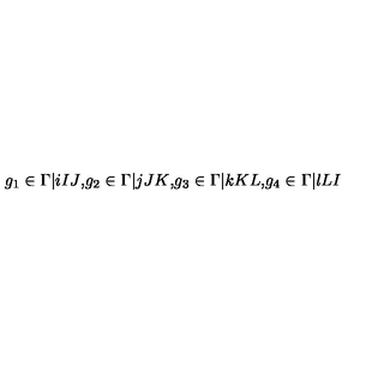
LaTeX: g _ { 1 } \in \Gamma \vert { i } { I } { J } \mathrm { , } g _ { 2 } \in \Gamma \vert { j } { J } { K } \mathrm { , } g _ { 3 } \in \Gamma \vert { k } { K } { L } \mathrm { , } g _ { 4 } \in \Gamma \vert { l } { L } { I } \ \